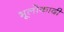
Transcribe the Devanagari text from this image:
भूलोकादी